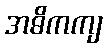
အဓိကကျ